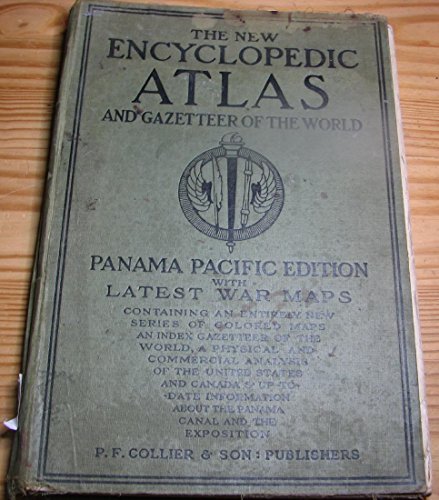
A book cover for THE NEW ENCYCLOPEDIC ATLAS AND GAZETTEER OF THE WORLD Panama Pacific Edition with Latest War Maps; Francis J. Reynolds; Travel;